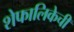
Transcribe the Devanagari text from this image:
शेफालिकेची